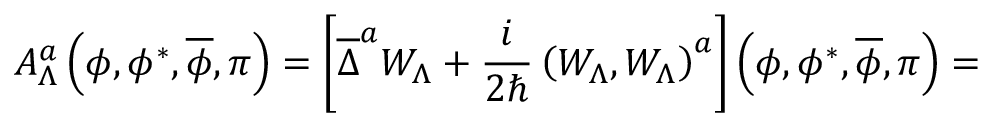
{ \cal A } _ { \Lambda } ^ { a } \left( \phi , \phi ^ { * } , \overline { { { \phi } } } , \pi \right) = \left[ \overline { { { \Delta } } } ^ { a } W _ { \Lambda } + \frac i { 2 \hbar } \left( W _ { \Lambda } , W _ { \Lambda } \right) ^ { a } \right] \left( \phi , \phi ^ { * } , \overline { { { \phi } } } , \pi \right) =